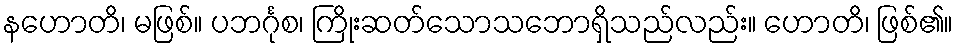
နဟောတိ၊ မဖြစ်။ ပဘင်္ဂုစ၊ ကြိုးဆတ်သောသဘောရှိသည်လည်း။ ဟောတိ၊ ဖြစ်၏။